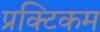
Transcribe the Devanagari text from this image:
प्रक्टिकम